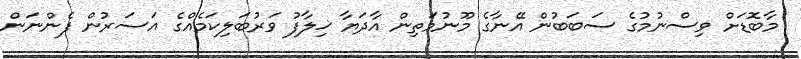
މާބޮޑަށް ވިސްނުމުގެ ސަބަބުން އޭނާގެ މޫނުމަތިން އާދަޔާ ޚިލާފު ވަރުބަލިކަމެއްގެ އަސަރުން ފެންނަން